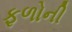
ફળોની